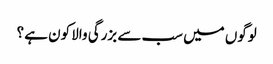
لوگوں میں سب سے بزرگی والا کون ہے ؟